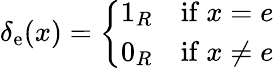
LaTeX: \delta_{\mathrm{e}}(x)={\left\{ \begin{array}{ll}{1_{R}\quad{\mathrm{if~}}x=e}\\ {0_{R}\quad{\mathrm{if~}}x\neq e}\end{array}\right.}